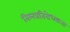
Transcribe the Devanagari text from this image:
निम्नप्रतिरोधकता